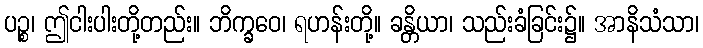
ပဉ္စ၊ ဤငါးပါးတို့တည်း။ ဘိက္ခဝေ၊ ရဟန်းတို့။ ခန္တိယာ၊ သည်းခံခြင်း၌။ အာနိသံသာ၊